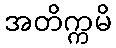
အတိက္ကမိ